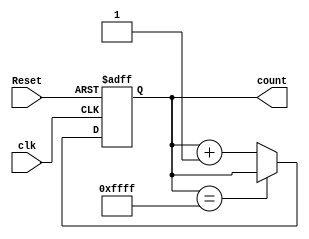
`timescale 1ns / 1ps

(* DONT_TOUCH = "true" *)
module Counter(
    input clk, 
    input Reset,
    output reg [0:15] count);
    
    always@(posedge clk, posedge Reset)begin

        if(Reset)begin
            count <= 16'd0;
        end
        
        else begin

            if( count == 16'b1111_1111_1111_1111 )begin
                count <= count;
            end
            
            else begin
                count <= count + 16'd1;
            end

        end

    end

endmodule